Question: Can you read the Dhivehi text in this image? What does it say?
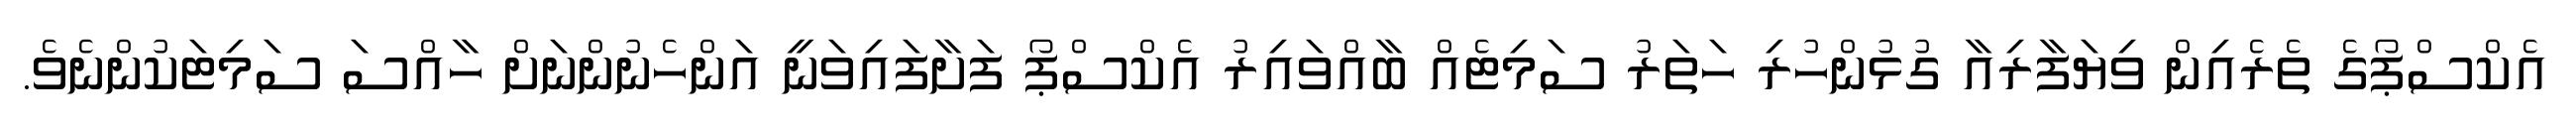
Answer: އެކްސްޕޯގެ ތެރެއިން ވިޔަފާރިއާ ގުޅުންހުރި ހަތަރު ސަމިޓެއް ބާއްވައިރު އެކްސްޕޯ ފަށާފައިވަނީ އަންހެނުންނަށް ހާއްސަ ސަމިޓަކުންނެވެ.